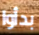
بدأوا